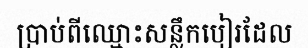
ប្រាប់ពីឈ្មោះសន្លឹកបៀរដែល